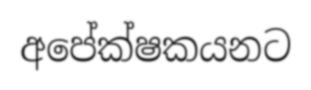
අපේක්ෂකයනට